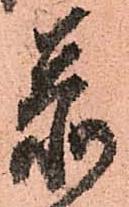
忝